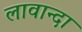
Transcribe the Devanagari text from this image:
लावान्दा